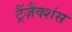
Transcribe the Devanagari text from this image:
ट्रैंज़ैंक्शंस